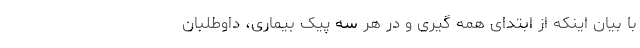
با بیان اینکه از ابتدای همه ‌گیری و در هر سه پیک بیماری، داوطلبان